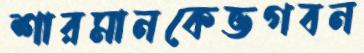
শারমানকেভগবন